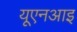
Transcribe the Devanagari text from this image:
यूएनआइ